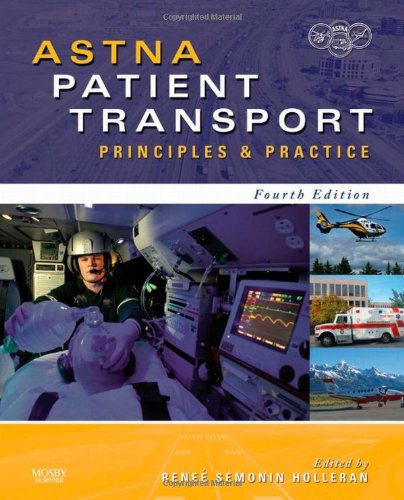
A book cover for ASTNA Patient Transport: Principles and Practice, 4e (Air & Surface Patient Transport: Principles and Practice); ASTNA; Medical Books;